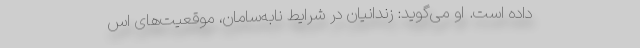
داده است. او می‌گوید: زندانیان در شرایط نابه‌سامان، موقعیت‌های اس